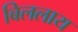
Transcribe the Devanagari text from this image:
बिललाय